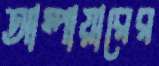
আম্পায়ারের